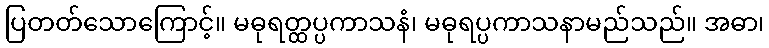
ပြတတ်သောကြောင့်။ မဓုရတ္ထပ္ပကာသနံ၊ မဓုရပ္ပကာသနာမည်သည်။ အဓာ၊